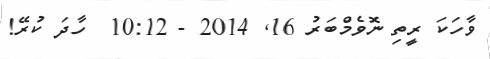
ވާހަކަ ރީތި ނޮވެމްބަރު 16